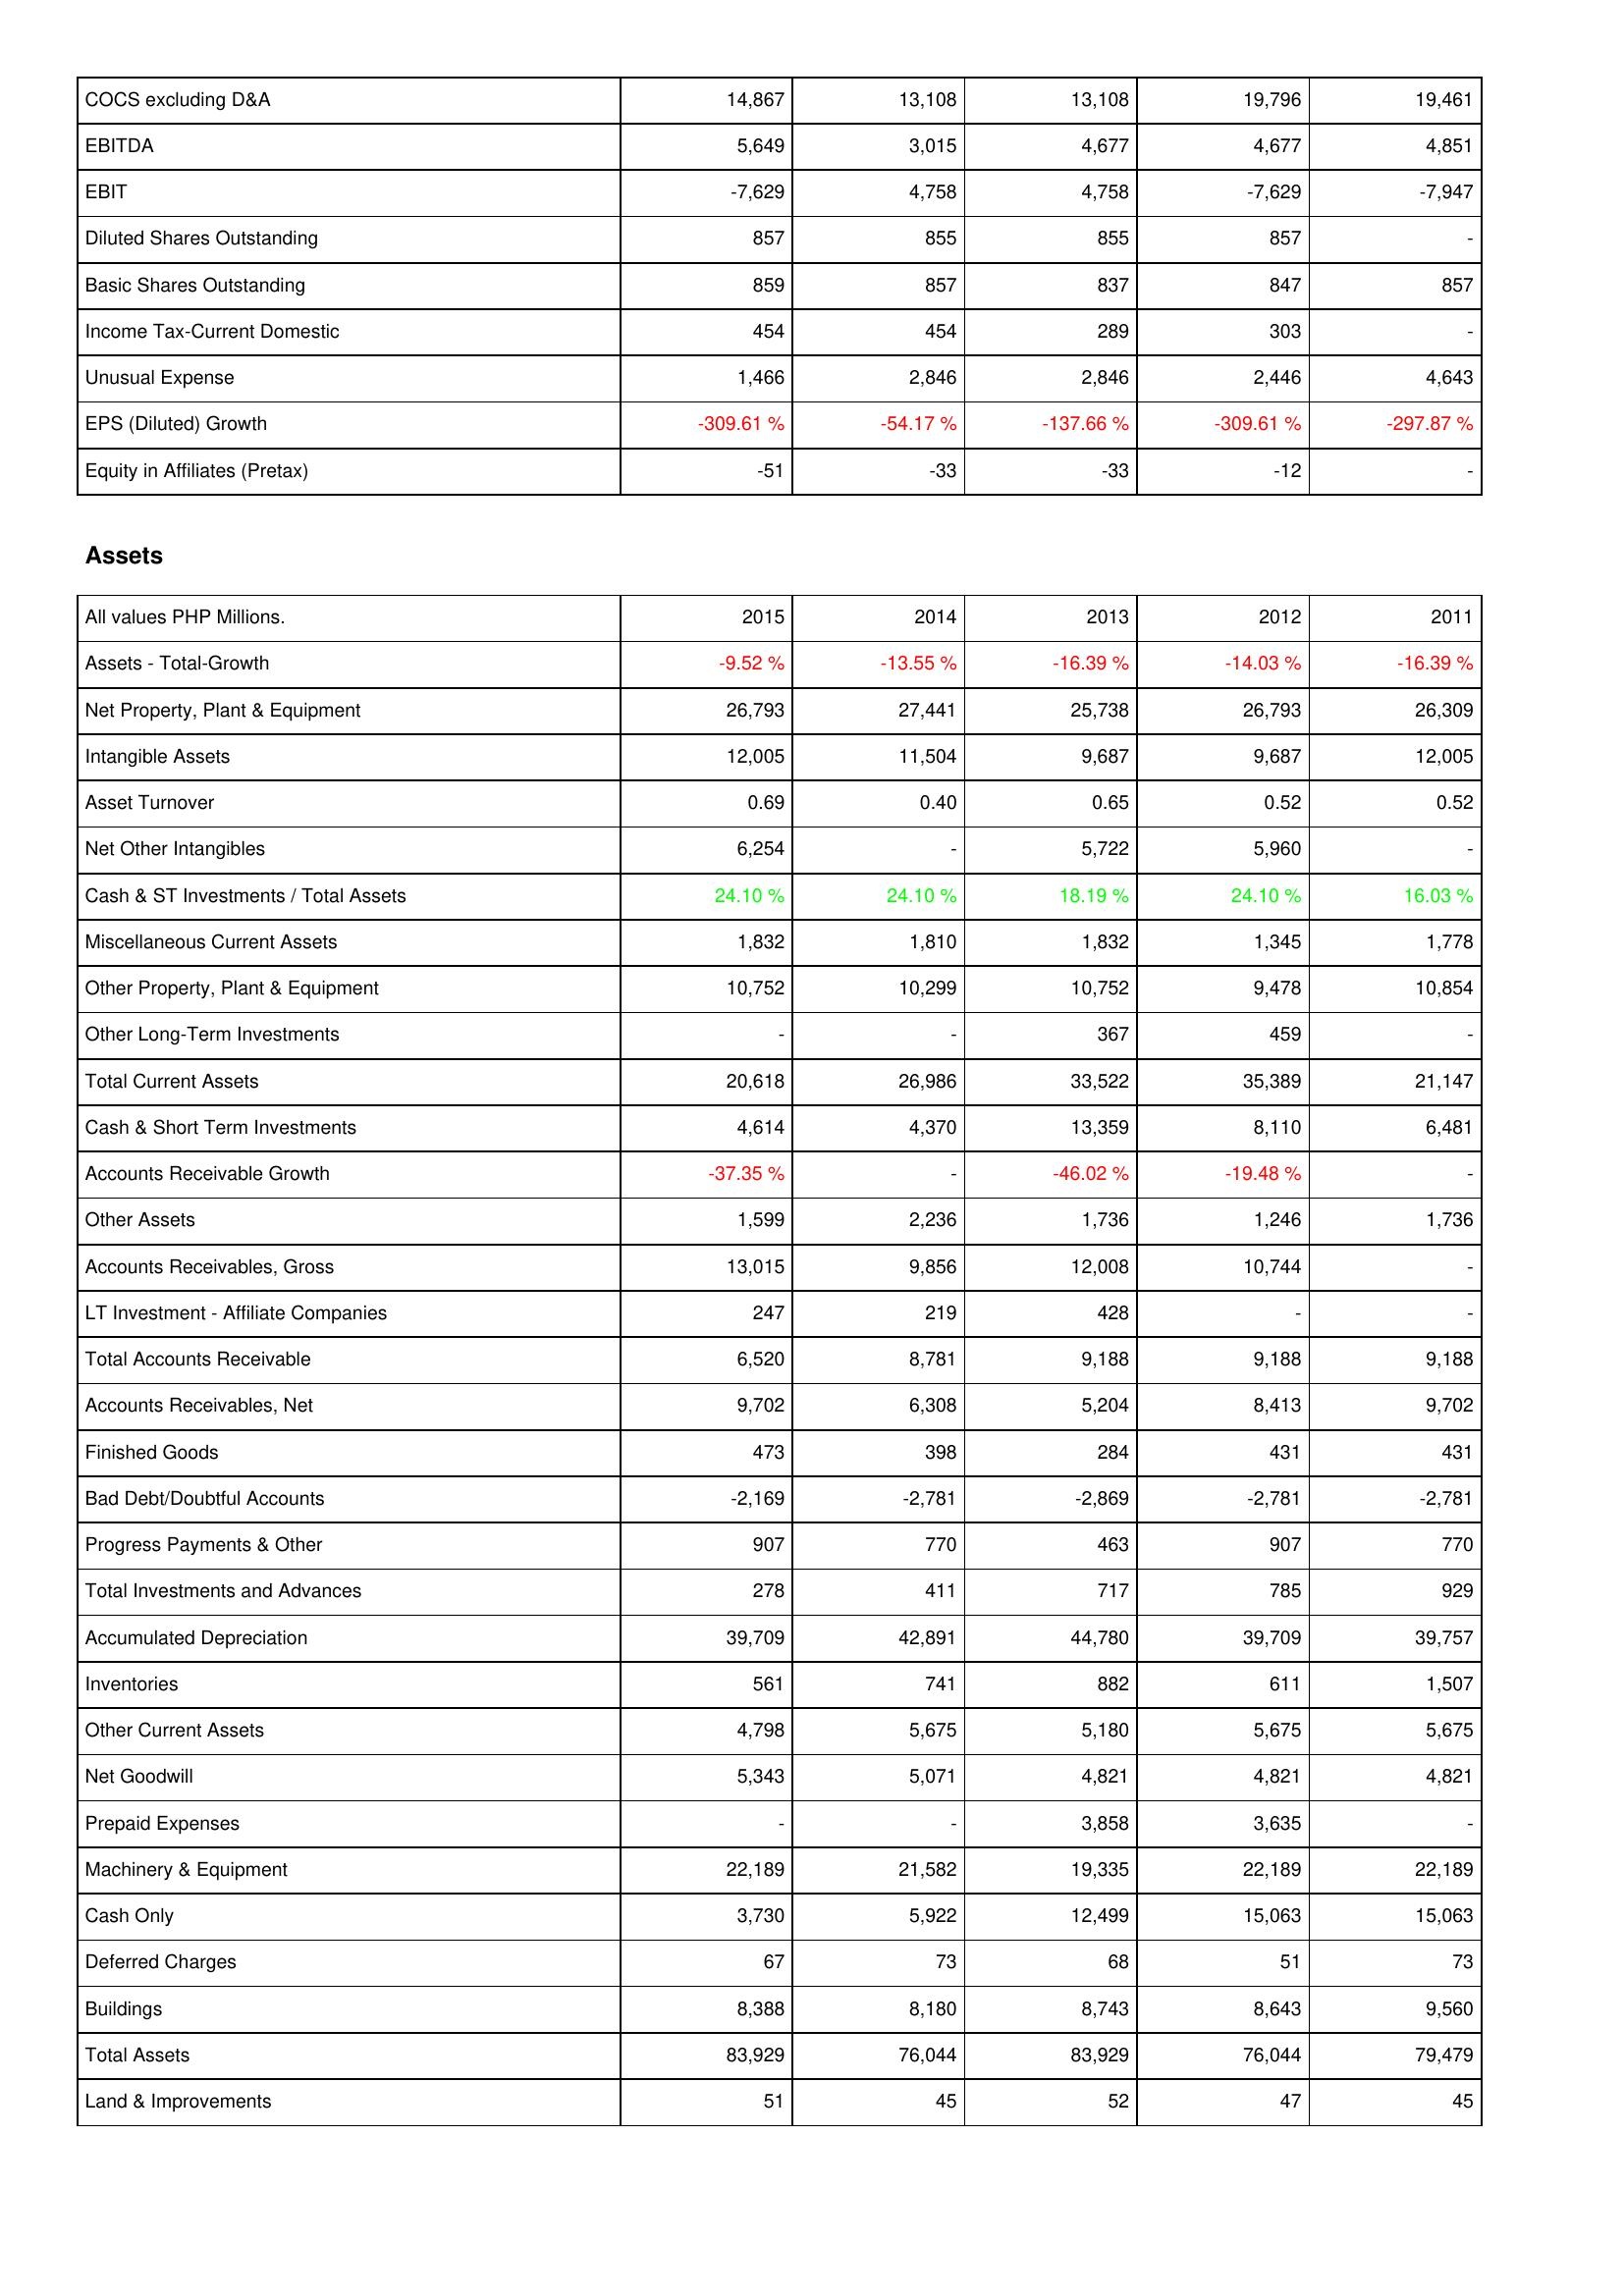
2015: Income Statement: COCS excluding D&A: 14,867
EBITDA: 5,649
EBIT: -7,629
Diluted Shares Outstanding: 857
Basic Shares Outstanding: 859
Income Tax-Current Domestic: 454
Unusual Expense: 1,466
EPS (Diluted) Growth: -309.61 %
Equity in Affiliates (Pretax): -51
Assets: Assets - Total-Growth: -9.52 %
Net Property, Plant & Equipment: 26,793
Intangible Assets: 12,005
Asset Turnover: 0.69
Net Other Intangibles: 6,254
Cash & ST Investments / Total Assets: 24.10 %
Miscellaneous Current Assets: 1,832
Other Property, Plant & Equipment: 10,752
Other Long-Term Investments: -
Total Current Assets: 20,618
Cash & Short Term Investments: 4,614
Accounts Receivable Growth: -37.35 %
Other Assets: 1,599
Accounts Receivables, Gross: 13,015
LT Investment - Affiliate Companies: 247
Total Accounts Receivable: 6,520
Accounts Receivables, Net: 9,702
Finished Goods: 473
Bad Debt/Doubtful Accounts: -2,169
Progress Payments & Other: 907
Total Investments and Advances: 278
Accumulated Depreciation: 39,709
Inventories: 561
Other Current Assets: 4,798
Net Goodwill: 5,343
Prepaid Expenses: -
Machinery & Equipment: 22,189
Cash Only: 3,730
Deferred Charges: 67
Buildings: 8,388
Total Assets: 83,929
Land & Improvements: 51
2014: Income Statement: COCS excluding D&A: 13,108
EBITDA: 3,015
EBIT: 4,758
Diluted Shares Outstanding: 855
Basic Shares Outstanding: 857
Income Tax-Current Domestic: 454
Unusual Expense: 2,846
EPS (Diluted) Growth: -54.17 %
Equity in Affiliates (Pretax): -33
Assets: Assets - Total-Growth: -13.55 %
Net Property, Plant & Equipment: 27,441
Intangible Assets: 11,504
Asset Turnover: 0.40
Net Other Intangibles: -
Cash & ST Investments / Total Assets: 24.10 %
Miscellaneous Current Assets: 1,810
Other Property, Plant & Equipment: 10,299
Other Long-Term Investments: -
Total Current Assets: 26,986
Cash & Short Term Investments: 4,370
Accounts Receivable Growth: -
Other Assets: 2,236
Accounts Receivables, Gross: 9,856
LT Investment - Affiliate Companies: 219
Total Accounts Receivable: 8,781
Accounts Receivables, Net: 6,308
Finished Goods: 398
Bad Debt/Doubtful Accounts: -2,781
Progress Payments & Other: 770
Total Investments and Advances: 411
Accumulated Depreciation: 42,891
Inventories: 741
Other Current Assets: 5,675
Net Goodwill: 5,071
Prepaid Expenses: -
Machinery & Equipment: 21,582
Cash Only: 5,922
Deferred Charges: 73
Buildings: 8,180
Total Assets: 76,044
Land & Improvements: 45
2013: Income Statement: COCS excluding D&A: 13,108
EBITDA: 4,677
EBIT: 4,758
Diluted Shares Outstanding: 855
Basic Shares Outstanding: 837
Income Tax-Current Domestic: 289
Unusual Expense: 2,846
EPS (Diluted) Growth: -137.66 %
Equity in Affiliates (Pretax): -33
Assets: Assets - Total-Growth: -16.39 %
Net Property, Plant & Equipment: 25,738
Intangible Assets: 9,687
Asset Turnover: 0.65
Net Other Intangibles: 5,722
Cash & ST Investments / Total Assets: 18.19 %
Miscellaneous Current Assets: 1,832
Other Property, Plant & Equipment: 10,752
Other Long-Term Investments: 367
Total Current Assets: 33,522
Cash & Short Term Investments: 13,359
Accounts Receivable Growth: -46.02 %
Other Assets: 1,736
Accounts Receivables, Gross: 12,008
LT Investment - Affiliate Companies: 428
Total Accounts Receivable: 9,188
Accounts Receivables, Net: 5,204
Finished Goods: 284
Bad Debt/Doubtful Accounts: -2,869
Progress Payments & Other: 463
Total Investments and Advances: 717
Accumulated Depreciation: 44,780
Inventories: 882
Other Current Assets: 5,180
Net Goodwill: 4,821
Prepaid Expenses: 3,858
Machinery & Equipment: 19,335
Cash Only: 12,499
Deferred Charges: 68
Buildings: 8,743
Total Assets: 83,929
Land & Improvements: 52
2012: Income Statement: COCS excluding D&A: 19,796
EBITDA: 4,677
EBIT: -7,629
Diluted Shares Outstanding: 857
Basic Shares Outstanding: 847
Income Tax-Current Domestic: 303
Unusual Expense: 2,446
EPS (Diluted) Growth: -309.61 %
Equity in Affiliates (Pretax): -12
Assets: Assets - Total-Growth: -14.03 %
Net Property, Plant & Equipment: 26,793
Intangible Assets: 9,687
Asset Turnover: 0.52
Net Other Intangibles: 5,960
Cash & ST Investments / Total Assets: 24.10 %
Miscellaneous Current Assets: 1,345
Other Property, Plant & Equipment: 9,478
Other Long-Term Investments: 459
Total Current Assets: 35,389
Cash & Short Term Investments: 8,110
Accounts Receivable Growth: -19.48 %
Other Assets: 1,246
Accounts Receivables, Gross: 10,744
LT Investment - Affiliate Companies: -
Total Accounts Receivable: 9,188
Accounts Receivables, Net: 8,413
Finished Goods: 431
Bad Debt/Doubtful Accounts: -2,781
Progress Payments & Other: 907
Total Investments and Advances: 785
Accumulated Depreciation: 39,709
Inventories: 611
Other Current Assets: 5,675
Net Goodwill: 4,821
Prepaid Expenses: 3,635
Machinery & Equipment: 22,189
Cash Only: 15,063
Deferred Charges: 51
Buildings: 8,643
Total Assets: 76,044
Land & Improvements: 47
2011: Income Statement: COCS excluding D&A: 19,461
EBITDA: 4,851
EBIT: -7,947
Diluted Shares Outstanding: -
Basic Shares Outstanding: 857
Income Tax-Current Domestic: -
Unusual Expense: 4,643
EPS (Diluted) Growth: -297.87 %
Equity in Affiliates (Pretax): -
Assets: Assets - Total-Growth: -16.39 %
Net Property, Plant & Equipment: 26,309
Intangible Assets: 12,005
Asset Turnover: 0.52
Net Other Intangibles: -
Cash & ST Investments / Total Assets: 16.03 %
Miscellaneous Current Assets: 1,778
Other Property, Plant & Equipment: 10,854
Other Long-Term Investments: -
Total Current Assets: 21,147
Cash & Short Term Investments: 6,481
Accounts Receivable Growth: -
Other Assets: 1,736
Accounts Receivables, Gross: -
LT Investment - Affiliate Companies: -
Total Accounts Receivable: 9,188
Accounts Receivables, Net: 9,702
Finished Goods: 431
Bad Debt/Doubtful Accounts: -2,781
Progress Payments & Other: 770
Total Investments and Advances: 929
Accumulated Depreciation: 39,757
Inventories: 1,507
Other Current Assets: 5,675
Net Goodwill: 4,821
Prepaid Expenses: -
Machinery & Equipment: 22,189
Cash Only: 15,063
Deferred Charges: 73
Buildings: 9,560
Total Assets: 79,479
Land & Improvements: 45